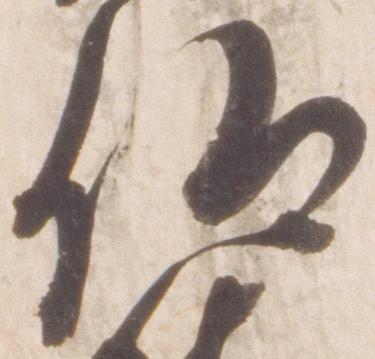
仰